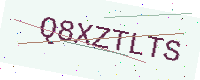
Text: Q8XZTLTS